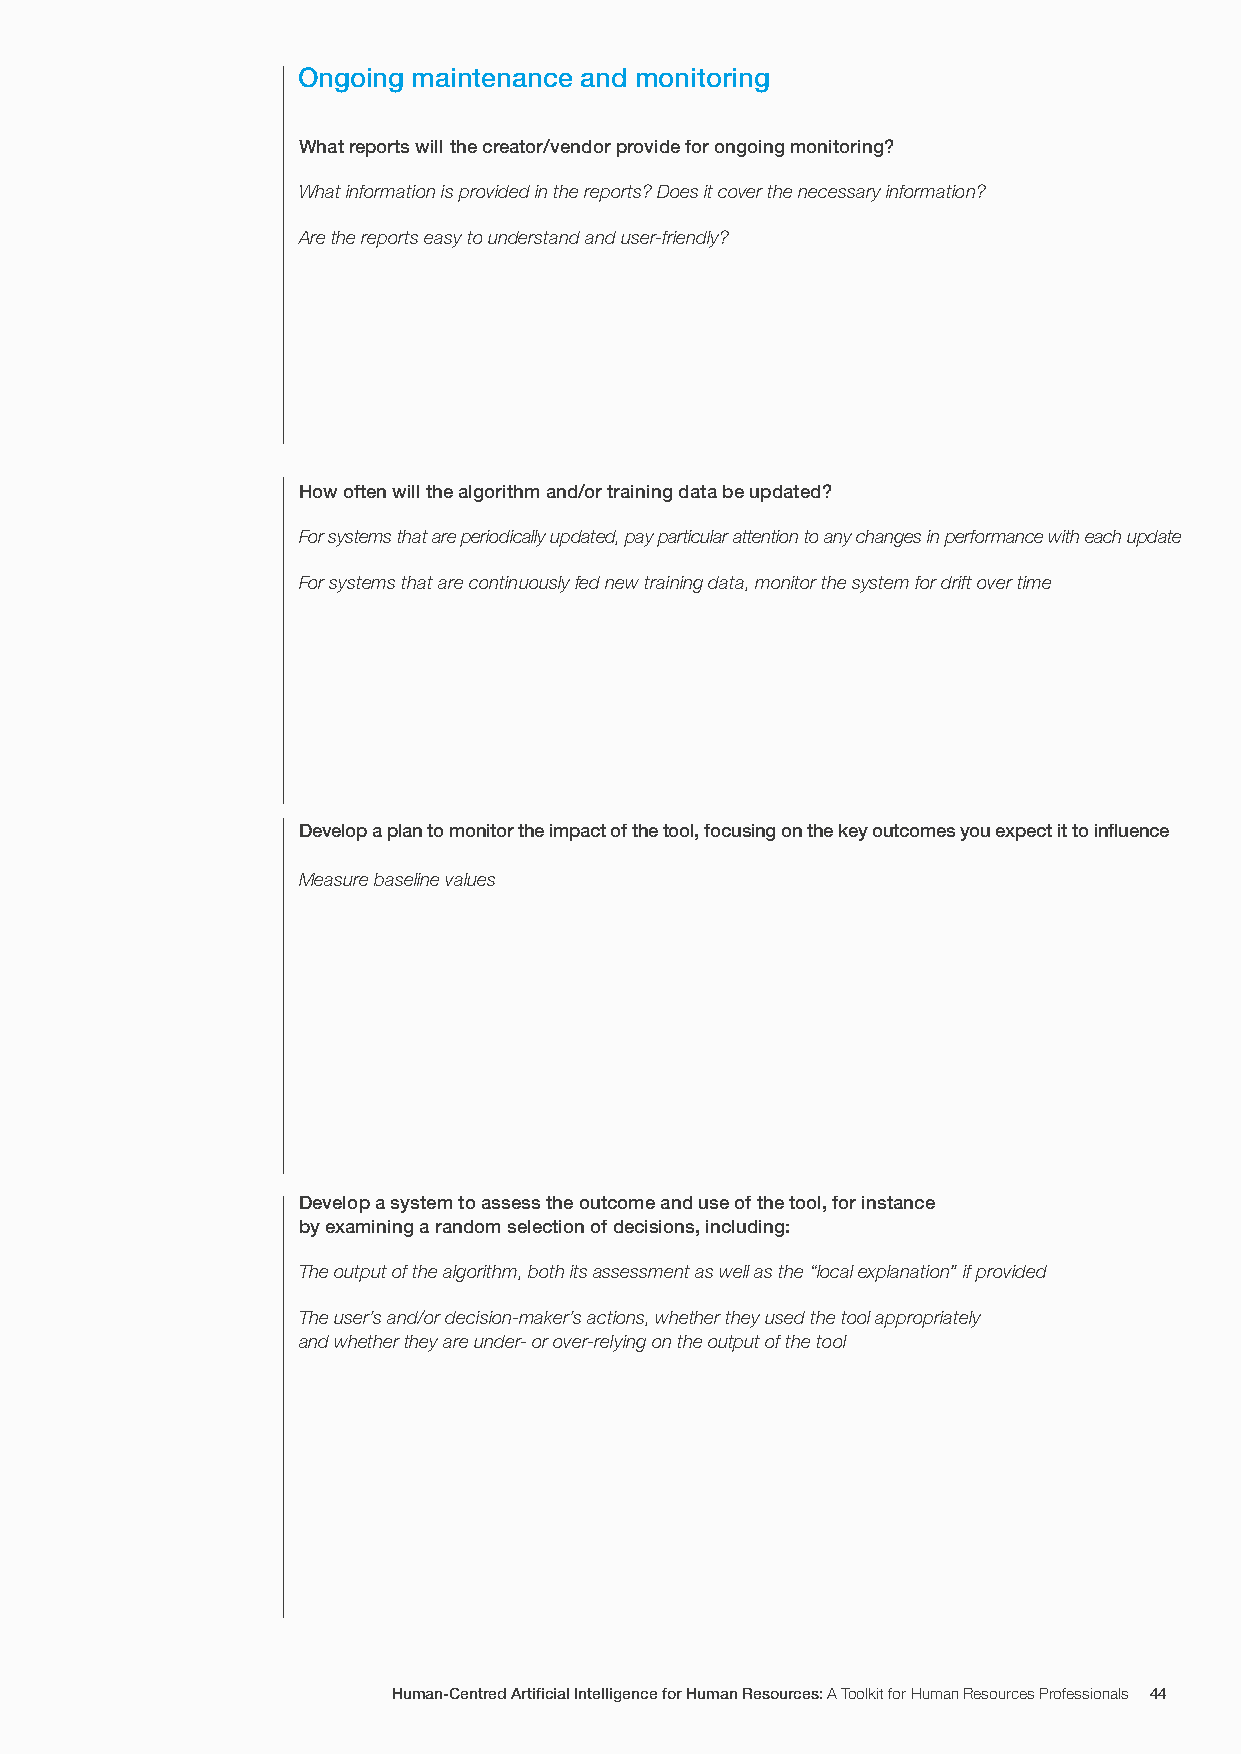
Ongoing maintenance and monitoring
 What reports will the creator/vendor provide for ongoing monitoring?
 What information is provided in the reports? Does it cover the necessary information?
 Are the reports easy to understand and user-friendly?
 How often will the algorithm and/or training data be updated?
 For systems that are periodically updated, pay particular attention to any changes in performance with each update
 For systems that are continuously fed new training data, monitor the system for drift over time
 Develop a plan to monitor the impact of the tool, focusing on the key outcomes you expect it to influence
 Measure baseline values
 Develop a system to assess the outcome and use of the tool, for instance
 by examining a random selection of decisions, including:
 The output of the algorithm, both its assessment as well as the “local explanation” if provided
 The user’s and/or decision-maker’s actions, whether they used the tool appropriately
 and whether they are under- or over-relying on the output of the tool
 Human-Centred Artificial Intelligence for Human Resources: A Toolkit for Human Resources Professionals 44